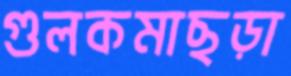
গুলকমাছড়া